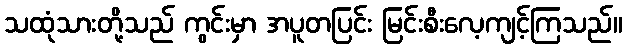
သထုံသားတို့သည် ကွင်းမှာ အပူတပြင်း မြင်းစီးလေ့ကျင့်ကြသည်။